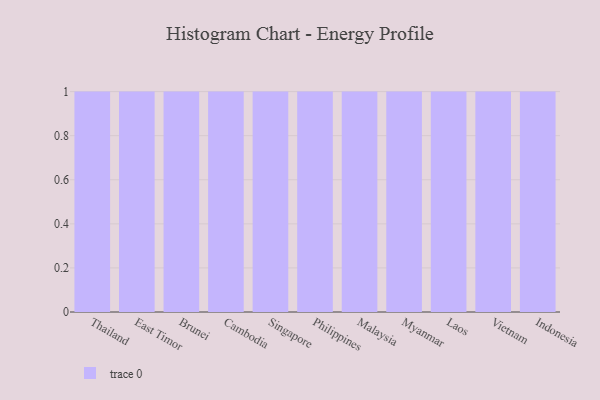
{"axis": {"x": "Country", "y": "Humidity (%)"}, "legend": [""], "data": [{"x": "Thailand", "y": 37, "type": ""}, {"x": "East Timor", "y": 42, "type": ""}, {"x": "Brunei", "y": 26, "type": ""}, {"x": "Cambodia", "y": 17, "type": ""}, {"x": "Singapore", "y": 32, "type": ""}, {"x": "Philippines", "y": 77, "type": ""}, {"x": "Malaysia", "y": 78, "type": ""}, {"x": "Myanmar", "y": 5, "type": ""}, {"x": "Laos", "y": 63, "type": ""}, {"x": "Vietnam", "y": 12, "type": ""}, {"x": "Indonesia", "y": 71, "type": ""}]}